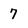
Character: 7